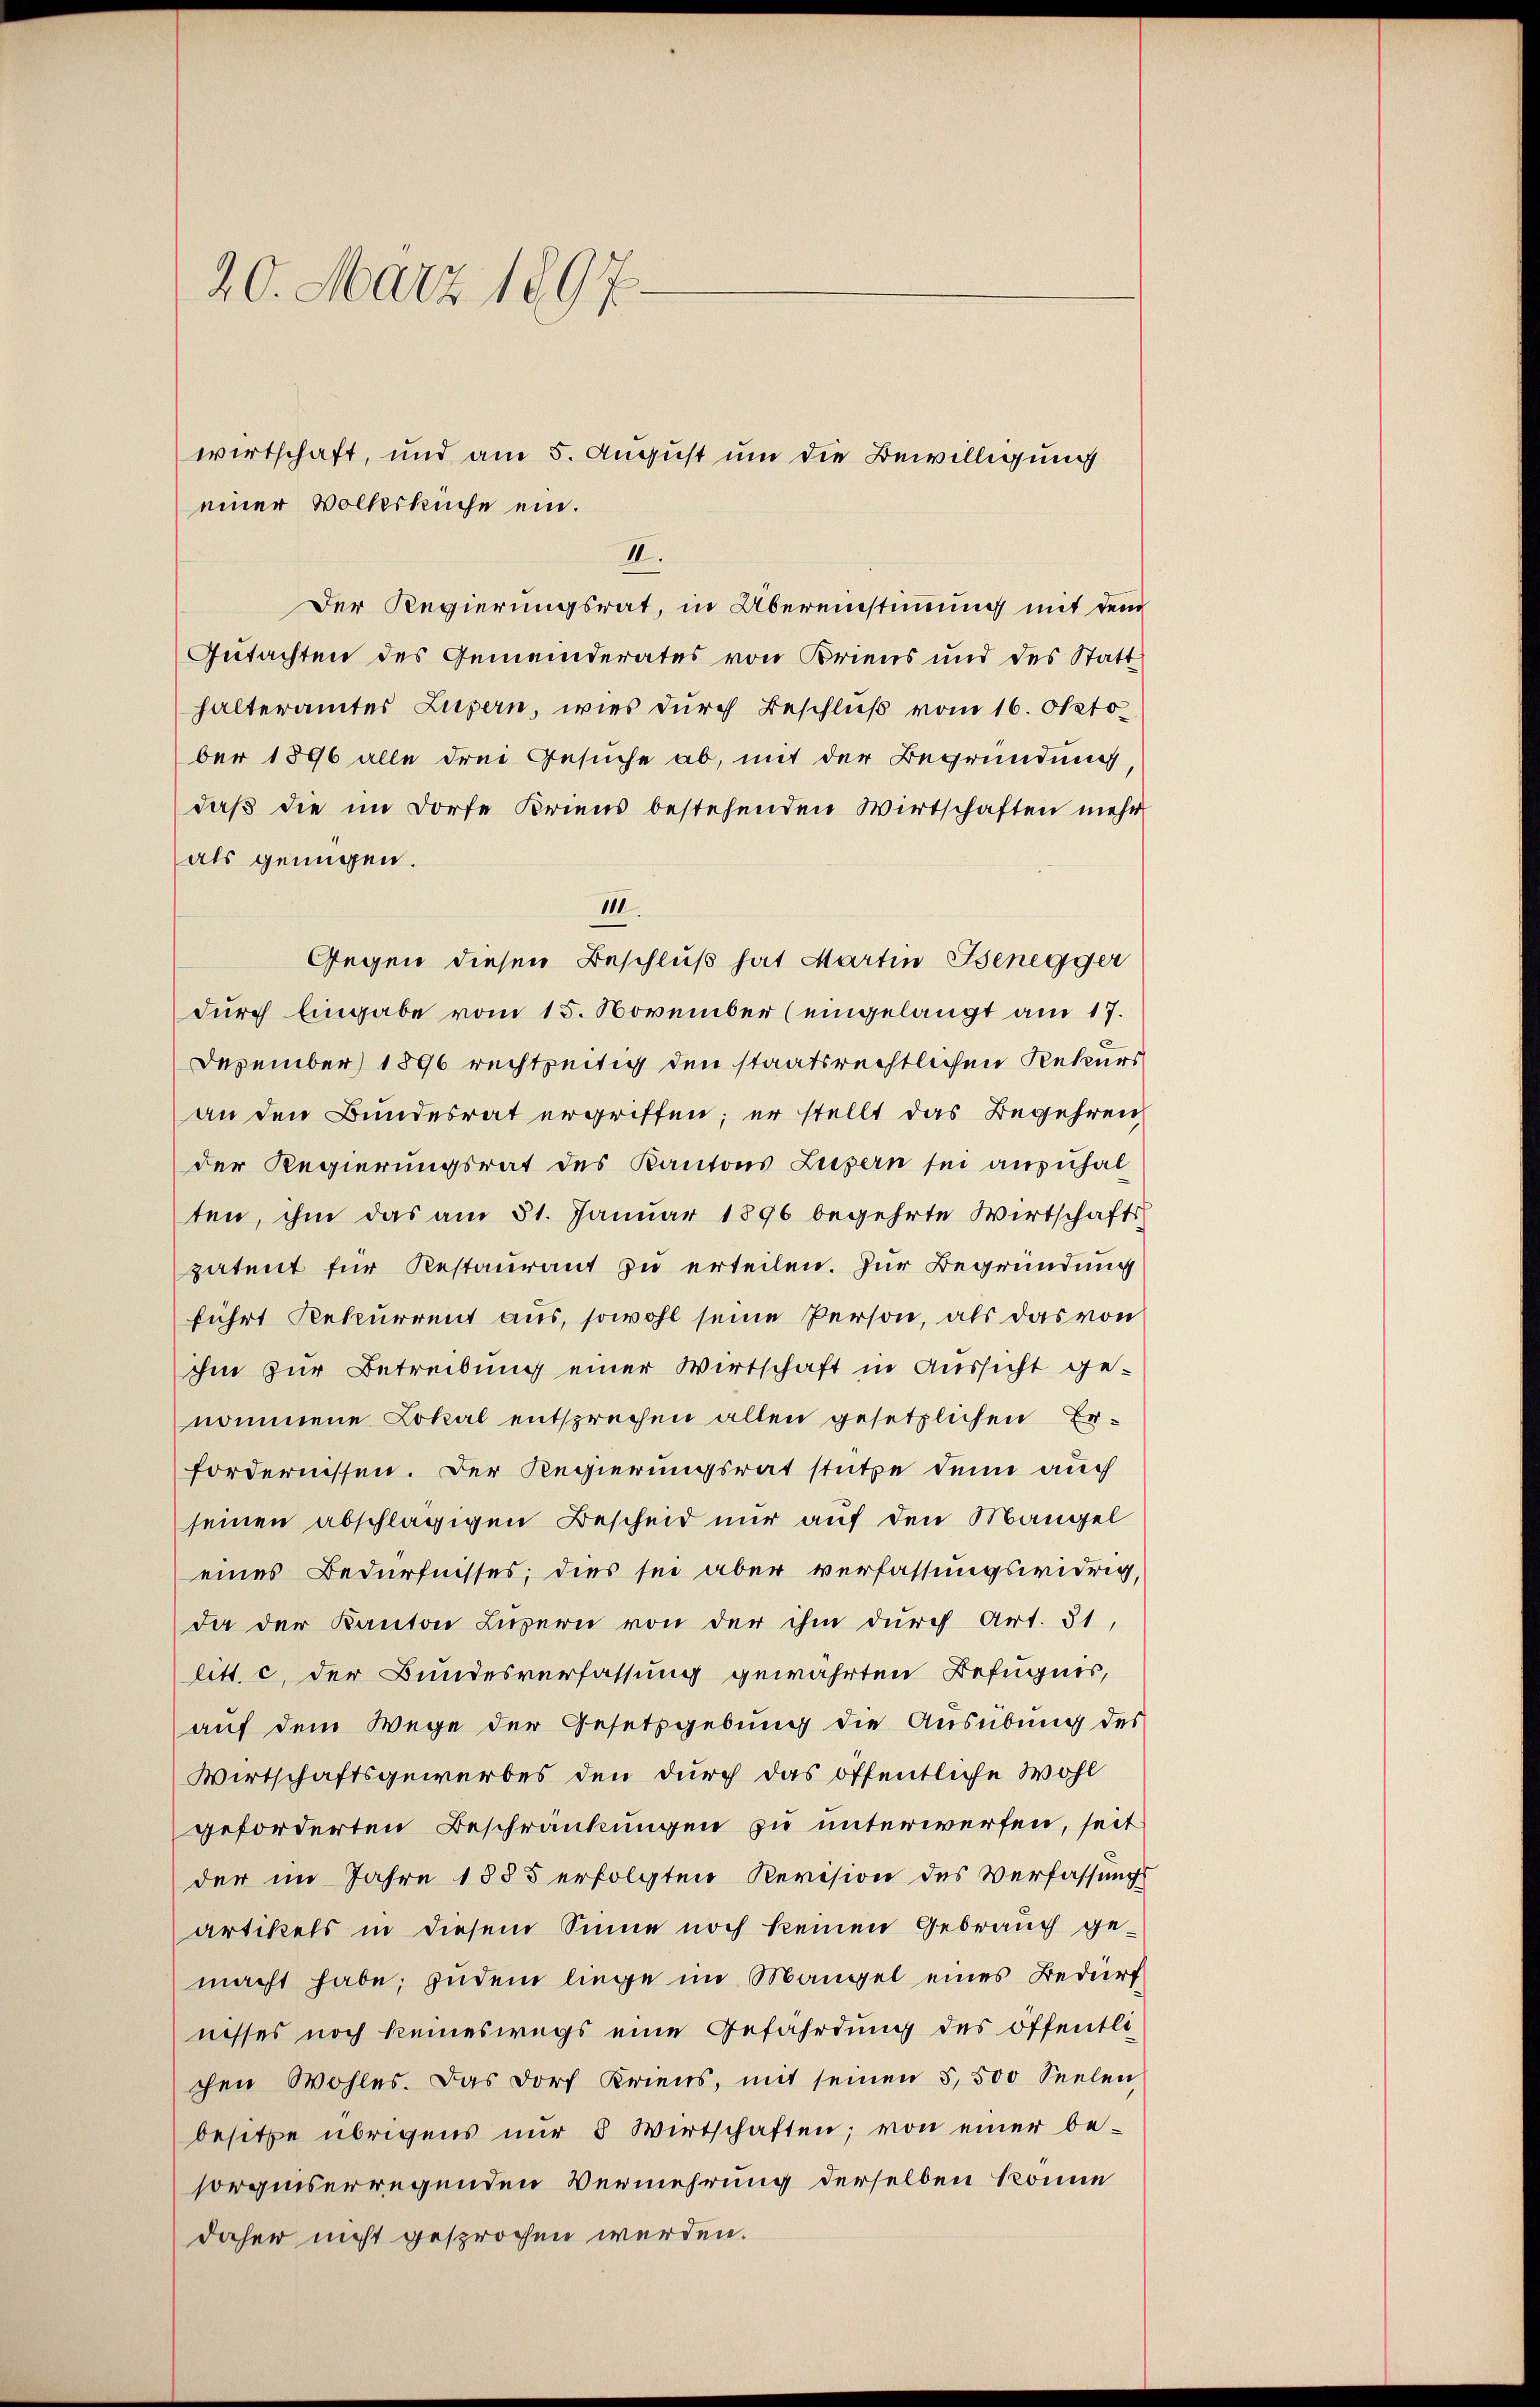
20. März 1897.

einer Volksküche ein.
II.
Der Regierungsrat, in Übereinstimmung mit dem
Gutachten des Gemeinderates von Briens und des Statt
halteramtes Luzern, wies durch Beschluß vom 16. Okto
ber 1896 alle drei Gesuche ab, mit der Begründung,
daß die im Dorfe Kriens bestehenden Wirtschaften mehr
als genügen.
11
Gegen diesen Beschluß hat Martin Benegger
dŭrch Eingabe vom 15. November (eingelangt am 17.
Dezember 1896 rechtzeitig den staatsrechtlichen Rekurs
an den Bundesrat ergriffen; er stellt das Begehren
der Regierungsrat des Kantons Luzern sei anzuhal
ten, ihm das am 31. Januar 1896 begehrte Wirtschafts
patent für Restaurant zu erteilen. Zur Begründung
führt Rekurrent aus, sowohl seine Person, als das von
ihm zur Betreibung einer Wirtschaft in Aussicht ge-
nommene Lokal entsprechen allen gesetzlichen Erfordernissen. Der Regierungsrat stütze denn auch
seinen abschlägigen Bescheid nur auf den Mangel
eines Bedürfnisses; dies sei aber verfassungswidrig,
da der Kanton Luzern von der ihm durch Art. 31,
litt. c. der Bundesverfassung gewährten Befugnis,
auf dem Wege der Gesetzgebung die Ausübung des
Wirtschaftsgewerbes den durch das öffentliche Wohl
geforderten Beschränkungen zu unterwerfen, seit
der im Jahre 1855 erfolgten Revision des Verfassungs
artikels in diesem Sinne noch keinen Gebrauch ge-
macht habe; zudem liege im Mangel eines Bedürfnisses noch keineswegs eine Gefährdung des öffentli
chen Wohles. Das Dorf Kriens, mit seinen 5,500 Seelen
besitze übrigens nur 8 Wirtschaften; von einer besorgniserregenden Vermehrung derselben könne
daher nicht gesprochen werden.

wirtschaft, und am 5. August um die Bewilligung